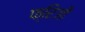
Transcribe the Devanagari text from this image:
फ्रिजी